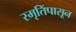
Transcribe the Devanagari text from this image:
स्मृतिंपासून